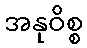
အနုဝိစ္စ